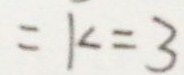
= k = 3